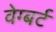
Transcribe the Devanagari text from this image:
वेग्बर्ट